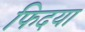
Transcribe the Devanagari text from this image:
फिदया